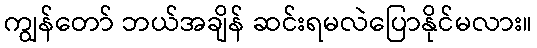
ကျွန်တော် ဘယ်အချိန် ဆင်းရမလဲပြောနိုင်မလား။